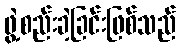
ဖွဲ့စည်းခဲ့ခြင်းဖြစ်သည်